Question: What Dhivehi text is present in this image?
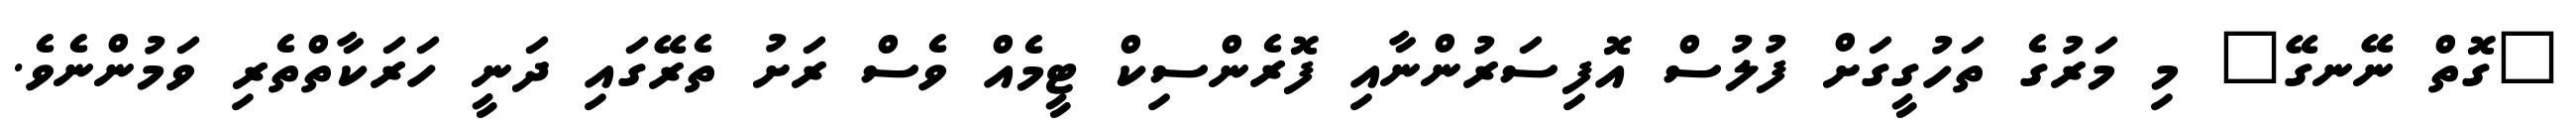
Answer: "ގޮތް ނޭނގޭ" މި މަރުގެ ތަހުގީގަށް ފުލުސް އޮފިސަރުންނާއި ފޮރެންސިކް ޓީމެއް ވެސް ރަށު ތެރޭގައި ދަނީ ހަރަކާތްތެރި ވަމުންނެވެ.